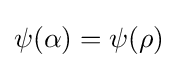
\psi (\alpha )=\psi (\rho )